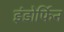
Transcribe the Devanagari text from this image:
इंडोर्फिन